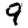
Digit: 9